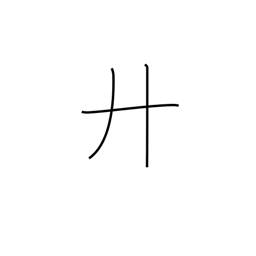
Meaning: twenty or letter H radical (no. 55)